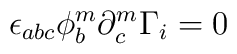
\epsilon_{abc} \phi^m_b \partial^m_c \Gamma_i = 0